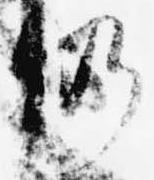
仍